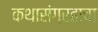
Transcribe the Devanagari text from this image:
कथासंग्रहाचा